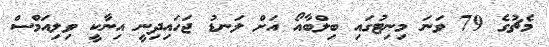
މެޗުގެ 79 ވަނަ މިނިޓުގައި ބިލްބާއޯ އަށް ލަނޑު ޖަހައިދިނީ އިނާކީ ވިލިއަމްސް